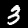
Label: 3